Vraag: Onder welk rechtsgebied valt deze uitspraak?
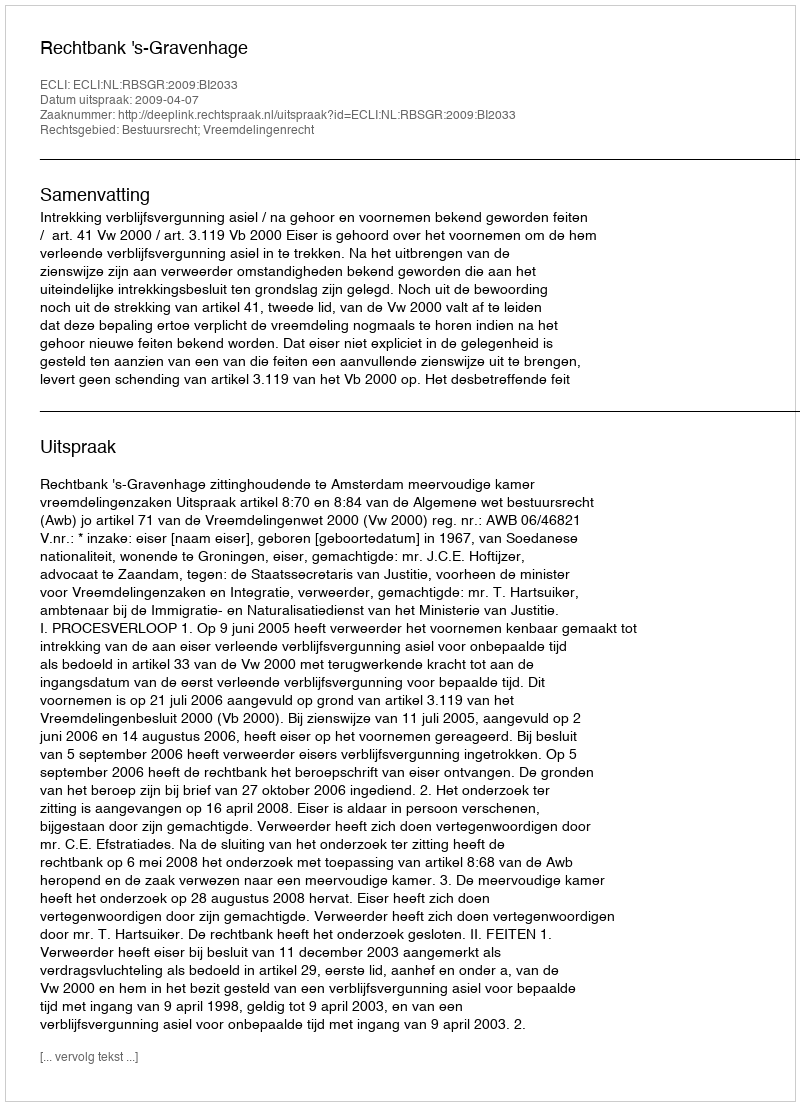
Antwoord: Bestuursrecht; Vreemdelingenrecht